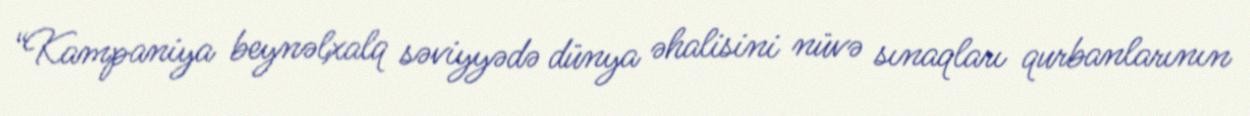
“Kampaniya beynəlxalq səviyyədə dünya əhalisini nüvə sınaqları qurbanlarının